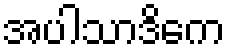
အပါသာဒိကေ